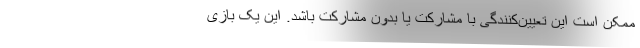
ممکن است این تعیین‌کنندگی با مشارکت یا بدون مشارکت باشد. این یک بازی